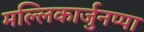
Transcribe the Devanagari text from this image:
मल्लिकार्जुनप्पा